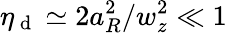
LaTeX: \eta_{\mathrm{~d~}}\simeq 2a_{R}^{2}/w_{z}^{2}\ll 1